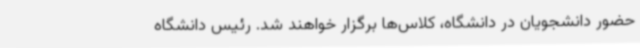
حضور دانشجویان در دانشگاه، کلاس‌ها برگزار خواهند شد. رئیس دانشگاه